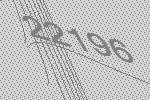
22196